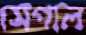
সেগাল